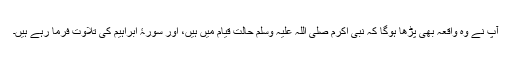
آپ نے وہ واقعہ بھی پڑھا ہوگا کہ نبی اکرم صلی اللہ علیہ وسلم حالتِ قیام میں ہیں، اور سورۂ ابراہیم کی تلاوت فرما رہے ہیں۔